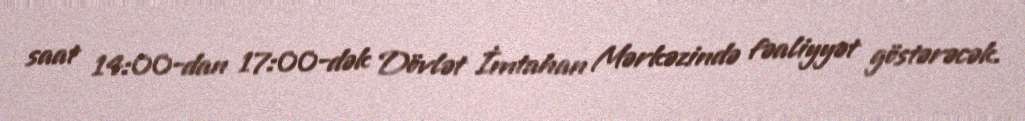
saat 14:00-dan 17:00-dək Dövlət İmtahan Mərkəzində fəaliyyət göstərəcək.